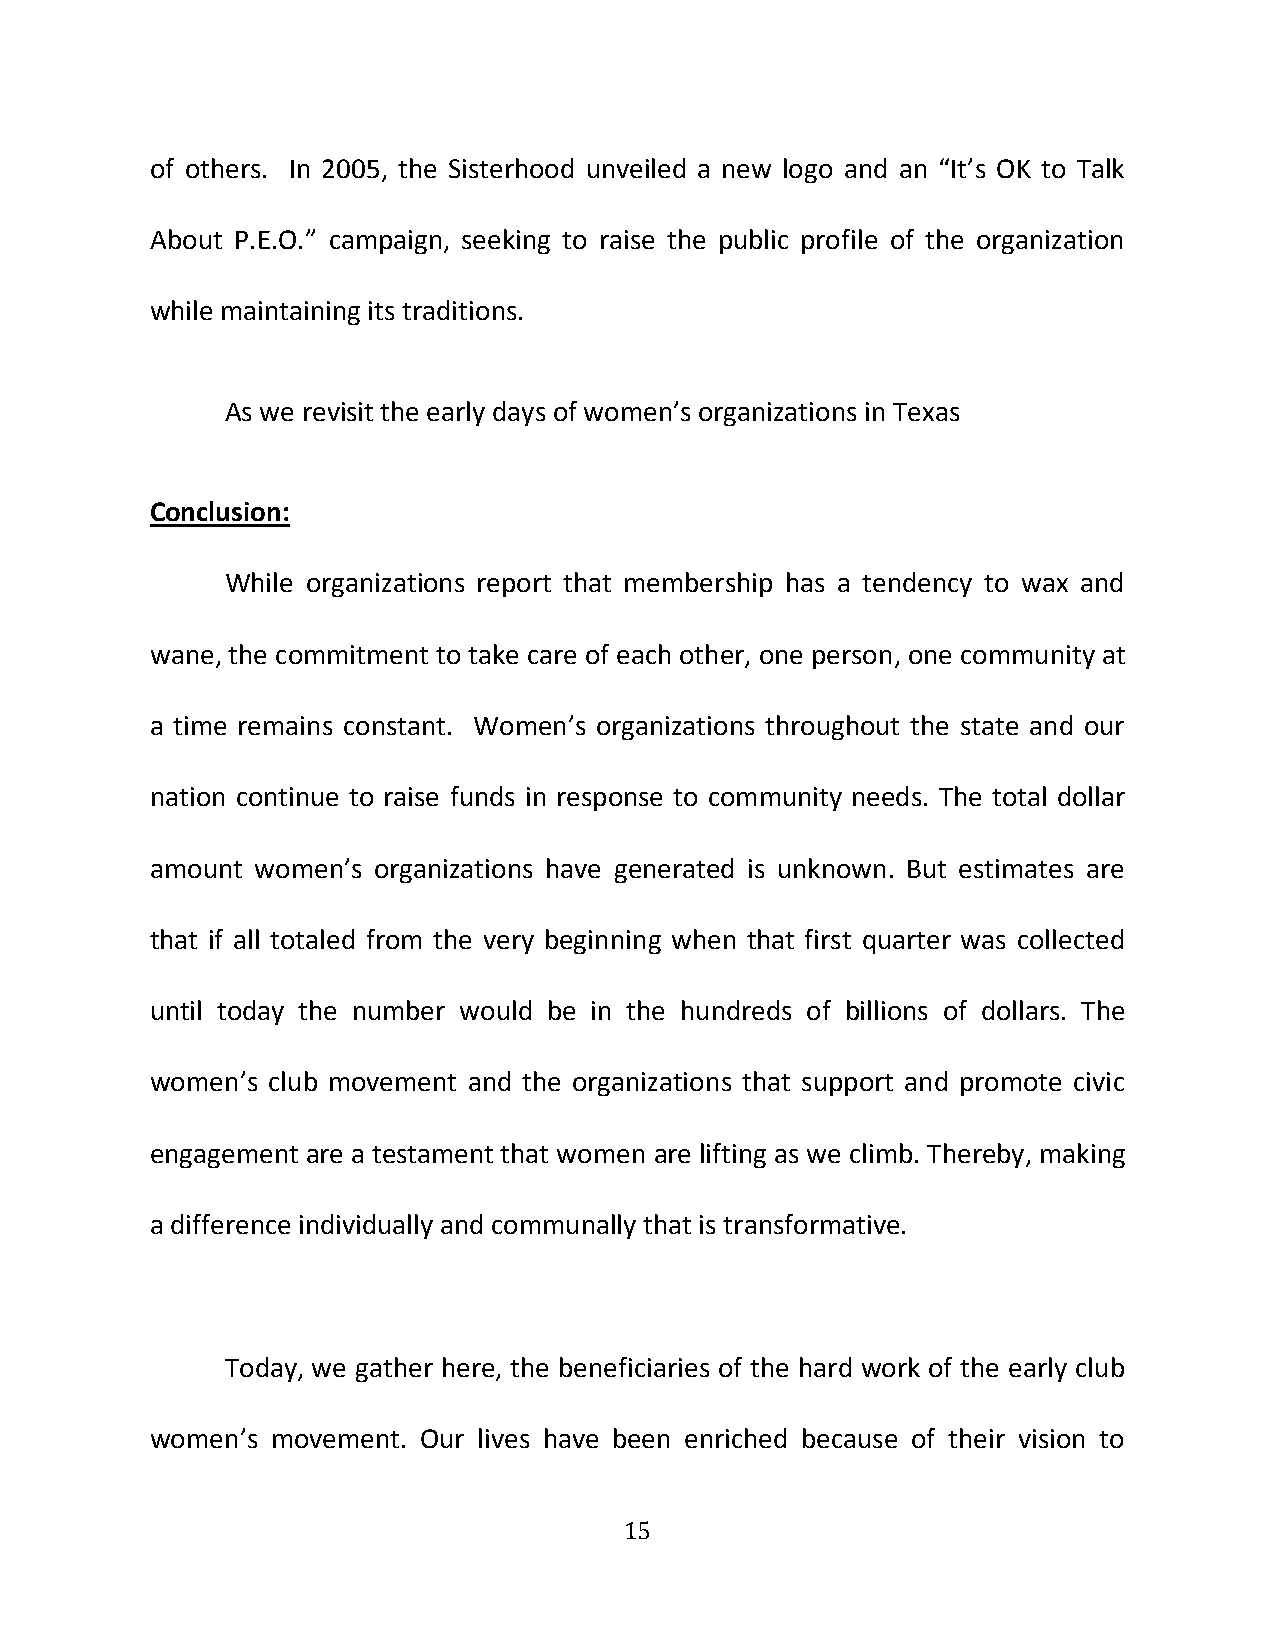
of others. In 2005, the Sisterhood unveiled a new logo and an “It’s OK to Talk
 About P.E.O.” campaign, seeking to raise the public profile of the organization
 while maintaining its traditions.
 As we revisit the early days of women’s organizations in Texas
 Conclusion:
 While organizations report that membership has a tendency to wax and
 wane, the commitment to take care of each other, one person, one community at
 a time remains constant. Women’s organizations throughout the state and our
 nation continue to raise funds in response to community needs. The total dollar
 amount women’s organizations have generated is unknown. But estimates are
 that if all totaled from the very beginning when that first quarter was collected
 until today the number would be in the hundreds of billions of dollars. The
 women’s club movement and the organizations that support and promote civic
 engagement are a testament that women are lifting as we climb. Thereby, making
 a difference individually and communally that is transformative.
 Today, we gather here, the beneficiaries of the hard work of the early club
 women’s movement. Our lives have been enriched because of their vision to
 15